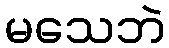
မသေဘဲ